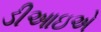
ડીઆઇએ